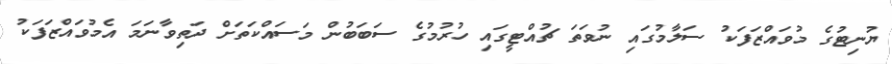
ޔުނިޓުގެ މުވައްޒަފަކު ސަލާމުގައި ނުވަތަ ޗުއްޓީގައި ހުރުމުގެ ސަބަބުން މަސައްކަތަށް ދަތިވާނަމަ އެމުވައްޒަފަކު